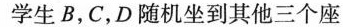
学生B，C，D随机坐到其他三个座